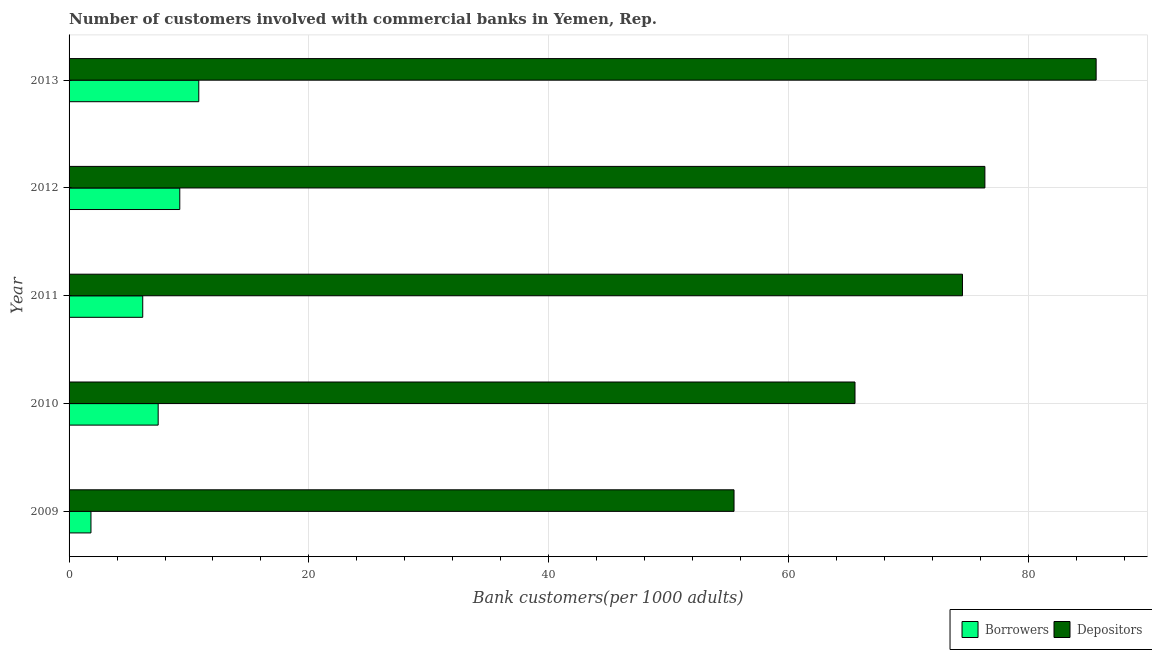
| Year | Borrowers | Depositors |
 | --- | --- | --- |
 | 2009 | 1.83 | 55.5 |
 | 2010 | 7.43 | 65.5 |
 | 2011 | 6.14 | 74.5 |
 | 2012 | 9.23 | 76.4 |
 | 2013 | 10.8 | 85.7 |